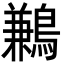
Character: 鶼